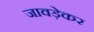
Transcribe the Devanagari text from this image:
जावड़ेकर